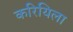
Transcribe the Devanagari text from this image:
करियिला